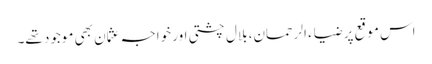
اس موقع پر ضیاء الرحمان، بلال چشتی اور خواجہ عثمان بھی موجود تھے۔